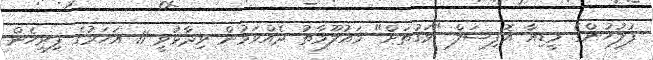
ފުލުހުންގެ މީޑިއާ އޮފިޝަލް "ވަގުތަށް" މައުލޫމާތު ދެއްވަމުން ވިދާޅުވީ 11 އަހަރުގެ ފިރިހެން